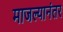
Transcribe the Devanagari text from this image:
माजल्यानंतर